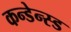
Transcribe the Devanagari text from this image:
कन्डेन्स्ड